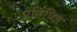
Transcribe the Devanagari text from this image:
प्रविधिज्ञ